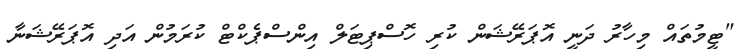
"ޓީމުތައް މިހާރު ދަނީ އޮޕަރޭޝަން ކުރި ހޮސްޕިޓަލް އިންސްޕެކްޓް ކުރަމުން އަދި އޮޕަރޭޝަނާ